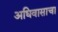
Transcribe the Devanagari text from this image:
अधिवासाचा